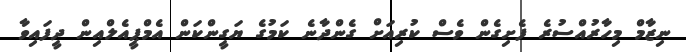
ނިޒާމް މިހާރުއްސުރެ ފެށިގެން ވެސް ކުރިއަށް ގެންދާނެ ކަމުގެ ޔަގީންކަން އެމްޕީއެލްއިން ދީފައިވާ